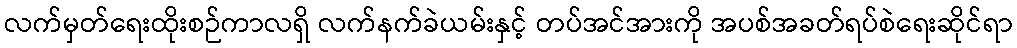
လက်မှတ်ရေးထိုးစဉ်ကာလရှိ လက်နက်ခဲယမ်းနှင့် တပ်အင်အားကို အပစ်အခတ်ရပ်စဲရေးဆိုင်ရာ